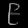
Digit: ၉